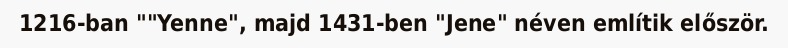
1216-ban ""Yenne", majd 1431-ben "Jene" néven említik először.